Punjab Mental Hospital Lahore 1932-46 - 1932-1946
Year: 1932
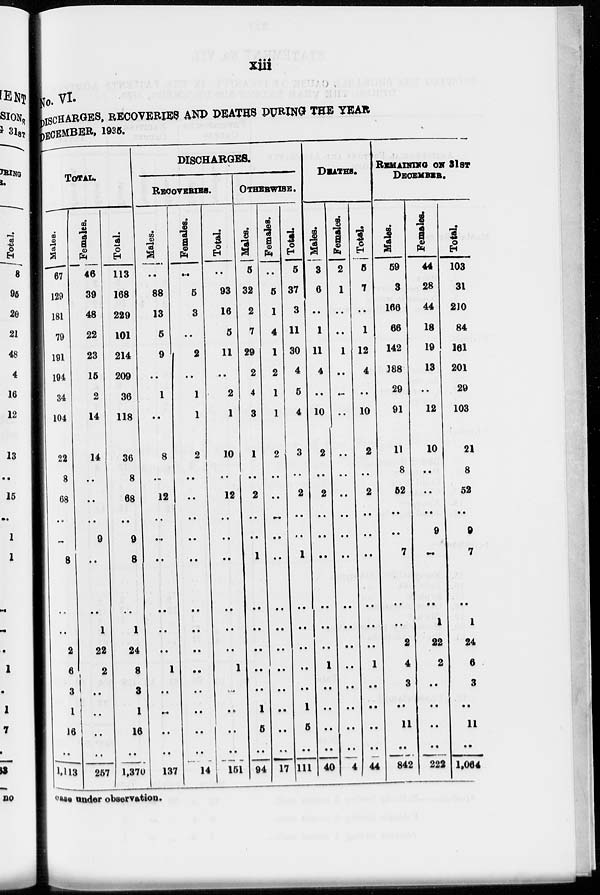
xiii
No. VI.
DISCHARGES, RECOVERIES AND DEATHS DURING THE YEAR
DECEMBER, 1935.
TOTAL.
Males.
87
129
181
79
191
194
34
104
22
8
68
..
..
8
..
..
2
6
3
1
16
..
1,1l3
Females.
46
39
48
22
23
15
2
14
14
..
..
..
9
..
..
1
22
2
..
..
..
..
257
Total.
113
168
229
101
214
209
36
118
36
8
68
..
9
8
..
1
24
8
3
1
16
..
1,370
DISCHARGES.
RECOVERIES.
Males.
..
88
13
5
9
..
1
..
8
..
12
..
..
..
..
..
..
1
..
..
..
..
137
Females.
..
5
3
..
2
..
1
1
2
..
..
..
..
..
..
..
..
..
..
..
..
..
14
Total.
..
93
16
5
11
..
2
1
10
..
12
..
..
..
..
..
..
1
..
..
..
..
151
OTHERWISE.
Males.
5
32
2
7
29
2
4
3
1
..
2
..
..
1
..
..
..
..
..
1
5
..
94
Females.
..
5
1
4
1
2
1
1
2
..
..
..
..
..
..
..
..
..
..
..
..
..
17
Total.
5
37
3
11
30
4
5
4
3
..
2
..
..
1
..
..
..
..
..
1
5
..
111
DEATHS.
Males.
3
6
..
1
11
4
..
10
2
..
2
..
..
..
..
..
..
1
..
..
..
..
40
Females.
2
1
..
..
1
..
..
..
..
..
..
..
..
..
..
..
..
..
..
..
..
..
4
Total.
5
7
..
1
12
4
..
10
2
..
2
..
..
..
..
..
..
1
..
..
..
..
44
REMAINING ON 31ST
DECEMBER.
Males.
59
3
166
66
142
188
29
91
11
8
52
..
..
7
..
..
2
4
3
..
11
..
842
Females.
44
28
44
18
19
13
..
12
10
..
..
..
9
..
..
1
22
2
..
..
..
..
222
Total.
103
31
210
84
161
201
29
103
21
8
52
..
9
7
..
1
24
6
3
..
11
..
1,064
case under observation.